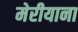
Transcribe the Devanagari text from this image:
मेरीयाना